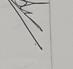
Signature authenticity: genuine